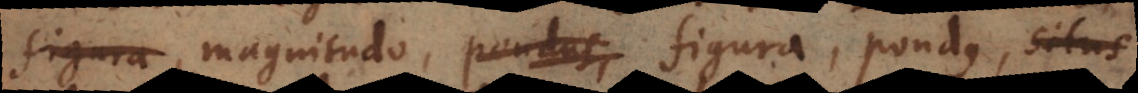
figura, magnitudo, pondus, figura, pondus, situs